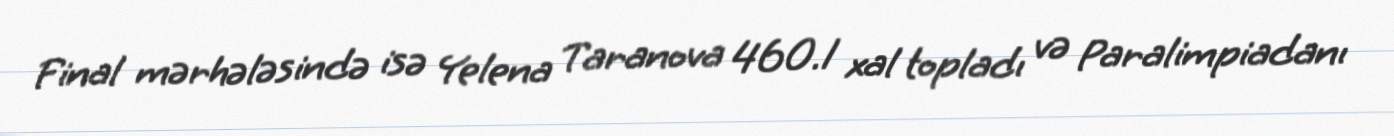
Final mərhələsində isə Yelena Taranova 460.1 xal topladı və Paralimpiadanı